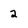
Character: 2